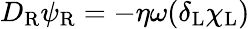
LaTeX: D_{\mathrm{{R}}}\psi_{\mathrm{{R}}}=-\eta\omega(\delta_{\mathrm{{L}}}\chi_{\mathrm{{L}}})